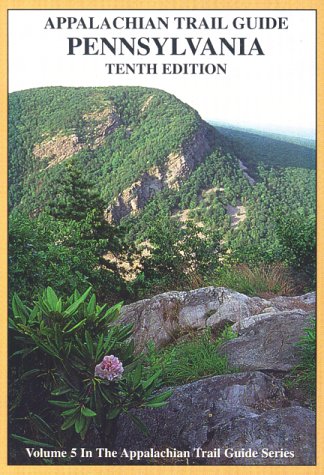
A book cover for Guide to the Appalachian Trail in Pennsylvania (Appalachian Trail Guides Series, Volume 5); Travel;